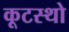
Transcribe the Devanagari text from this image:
कूटस्थो